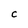
Character: C